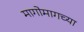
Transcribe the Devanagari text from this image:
मागोमागच्या